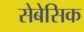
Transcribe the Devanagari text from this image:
सेबेसिक